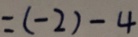
= ( - 2 ) - 4